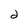
Character: 2